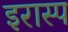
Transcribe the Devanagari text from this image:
इरास्प